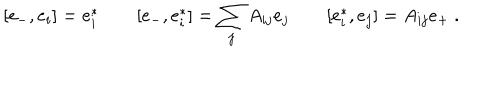
LaTeX: [ e _ { - } , e _ { i } ] = e _ { i } ^ { * } \qquad [ e _ { - } , e _ { i } ^ { * } ] = \sum _ { j } A _ { i j } e _ { j } \qquad [ e _ { i } ^ { * } , e _ { j } ] = A _ { i j } e _ { + } ~ .